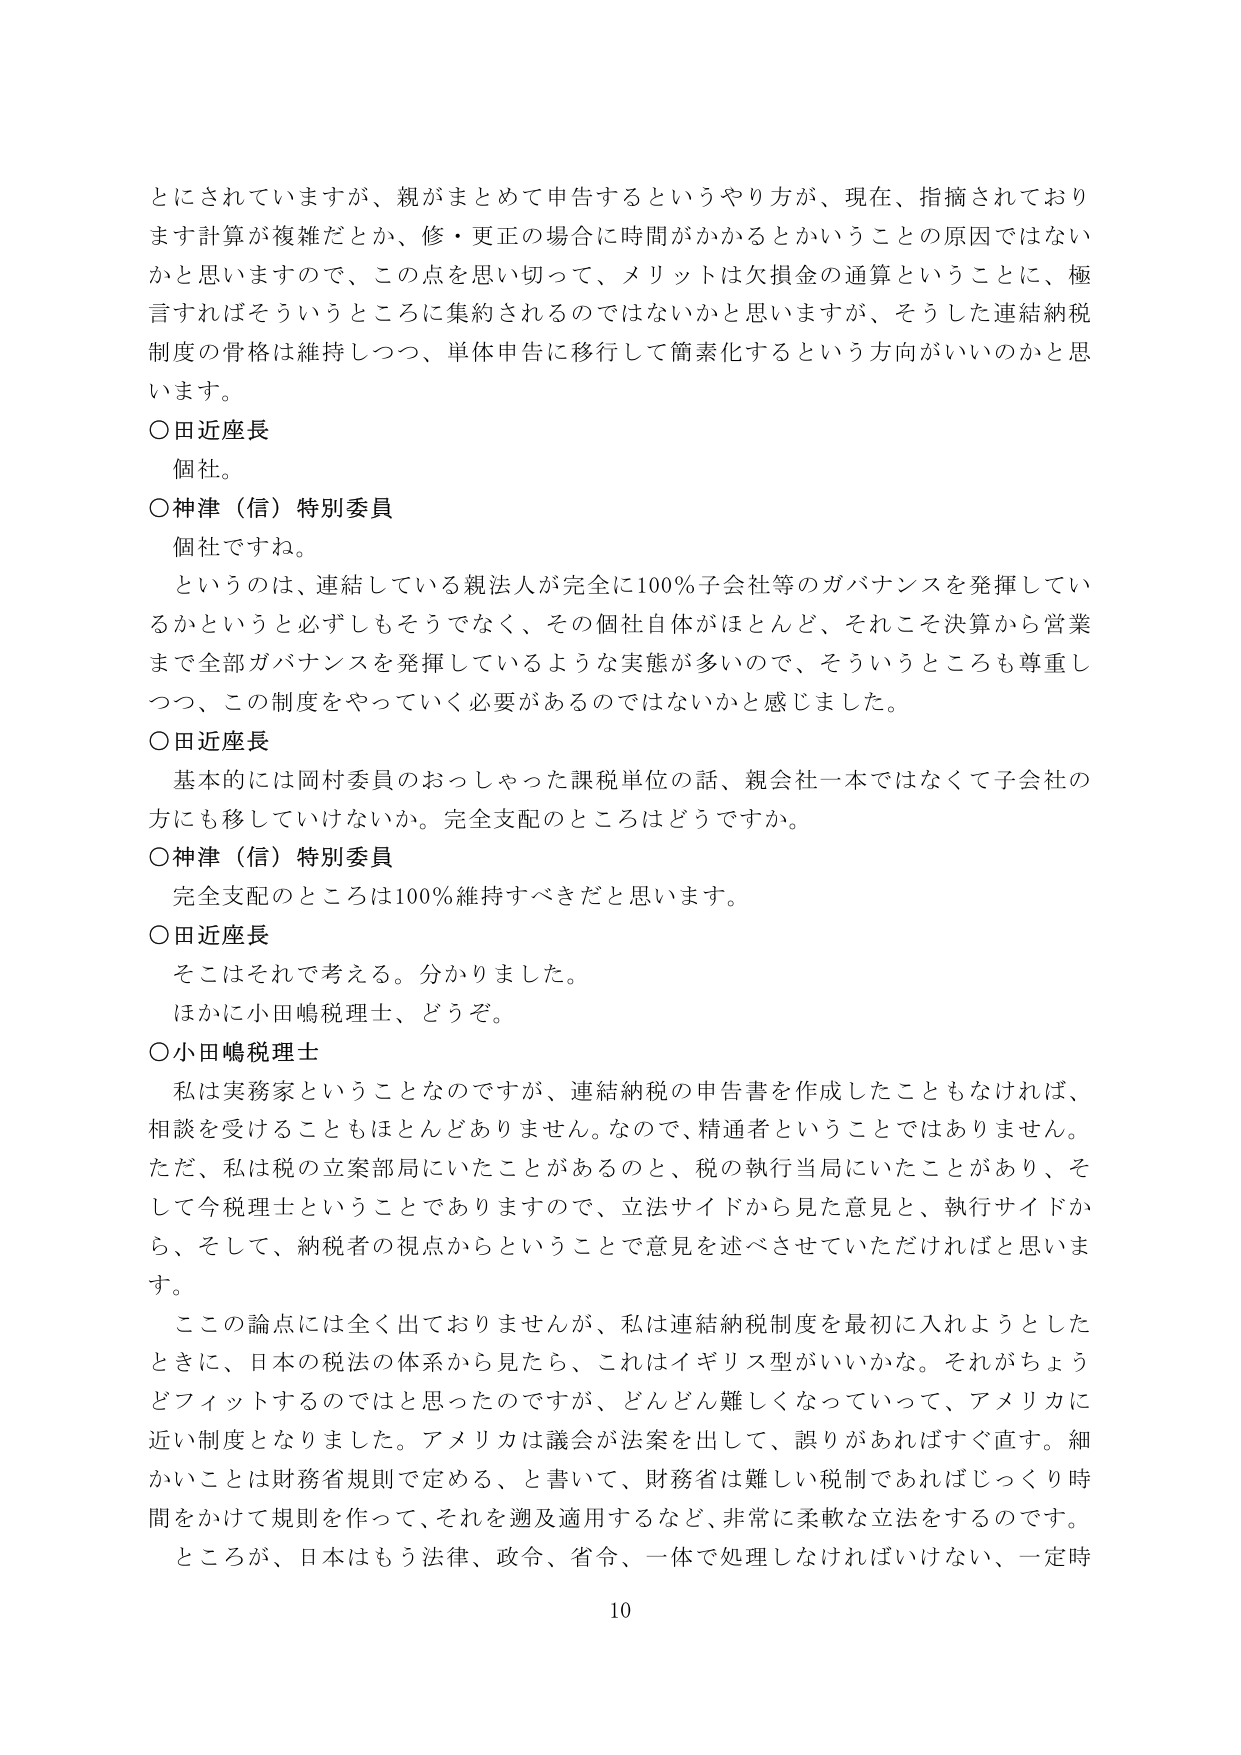
とにされていますが、親がまとめて申告するというやり方が、現在、指摘されております計算が複雑だとか、修・更正の場合に時間がかかるとかいうことの原因ではないかと思いますので、この点を思い切って、メリットは欠損金の通算ということに、極言すればそういうところに集約されるのではないかと思いますが、そうした連結納税制度の骨格は維持しつつ、単体申告に移行して簡素化するという方向がいいのかと思います。

○田近座長
個社。

○神津（信）特別委員
個社ですね。
というのは、連結している親法人が完全に100％子会社等のガバナンスを発揮しているかというと必ずしもそうではなく、その個社自体がほとんど、それこそ決算から営業まで全部ガバナンスを発揮しているような実態が多いので、そういうところも尊重しつつ、この制度をやっていく必要があるのではないかと感じました。

○田近座長
基本的には岡村委員のおっしゃった課税単位の話、親会社一本ではなくて子会社の方にも移していけないか。完全支配のところはどうですか。

○神津（信）特別委員
完全支配のところは100％維持すべきだと思います。

○田近座長
そこはそれで考える。分かりました。
ほかに小田嶋税理士、どうぞ。

○小田嶋税理士
私は実務家ということなのですが、連結納税の申告書を作成したこともなければ、相談を受けることもほとんどありません。なので、精通者ということではありません。ただ、私は税の立案部局にいたことがあるのと、税の執行当局にいたことがあり、そして今税理士ということでありますので、立法サイドから見た意見と、執行サイドから、そして、納税者の視点からということで意見を述べさせていただければと思います。
この論点には全く出ておりませんが、私は連結納税制度を最初に入れようとしたときに、日本の税法の体系から見たら、これはイギリス型がいいかな。それがちょうどフィットするのではと思ったのですが、どんどん難しくなっていって、アメリカに近い制度となりました。アメリカは議会が法案を出して、誤りがあればすぐ直す。細かいことは財務省規則で定める、と書いていて、財務省は難しい税制であればじっくり時間をかけて規則を作って、それを遡及適用するなど、非常に柔軟な立法をするのです。
ところが、日本はもう法律、政令、省令、一体で処理しなければいけない、一定時

10